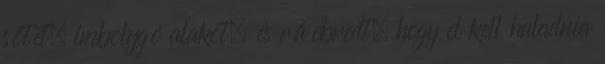
sötét, imbolygó alakot, és ráébredt, hogy el kell haladnia